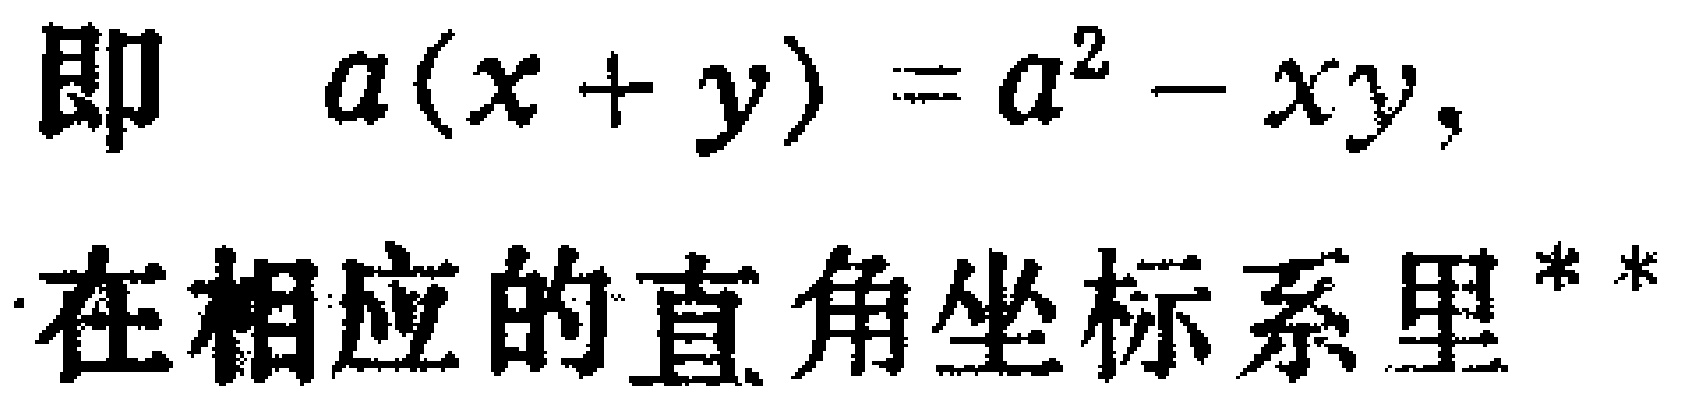
即 \(a(x + y)=a^{2}-xy\)，

在相应的直角坐标系里**